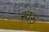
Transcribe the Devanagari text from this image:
स्वरू